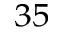
^ { 3 5 }